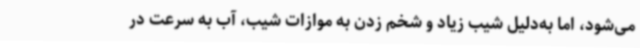
می‌شود، اما به‌دلیل شیب زیاد و شخم زدن به موازات شیب، آب به سرعت در